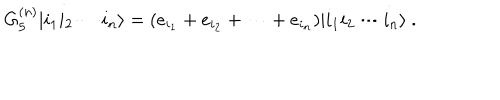
G _ { 5 } ^ { ( n ) } | i _ { 1 } i _ { 2 } \cdots i _ { n } \rangle = ( e _ { i _ { 1 } } + e _ { i _ { 2 } } + \cdots + e _ { i _ { n } } ) | i _ { 1 } i _ { 2 } \cdots i _ { n } \rangle \ .